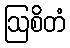
ဩစိတံ